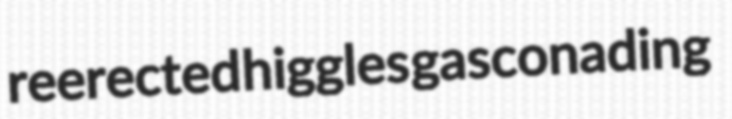
reerected higgles gasconading